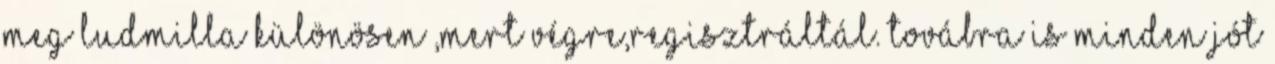
meg Ludmilla különösen ,mert végre,regisztráltál. továbra is minden jót